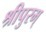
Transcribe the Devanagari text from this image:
श्रीपुरम्